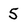
Character: 5